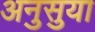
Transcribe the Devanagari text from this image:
अनुसुया